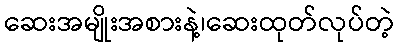
ဆေးအမျိုးအစားနဲ့၊ဆေးထုတ်လုပ်တဲ့